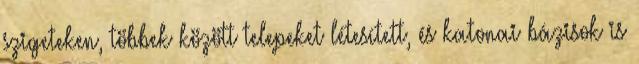
szigeteken, többek között telepeket létesített, és katonai bázisok is